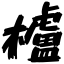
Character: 櫨